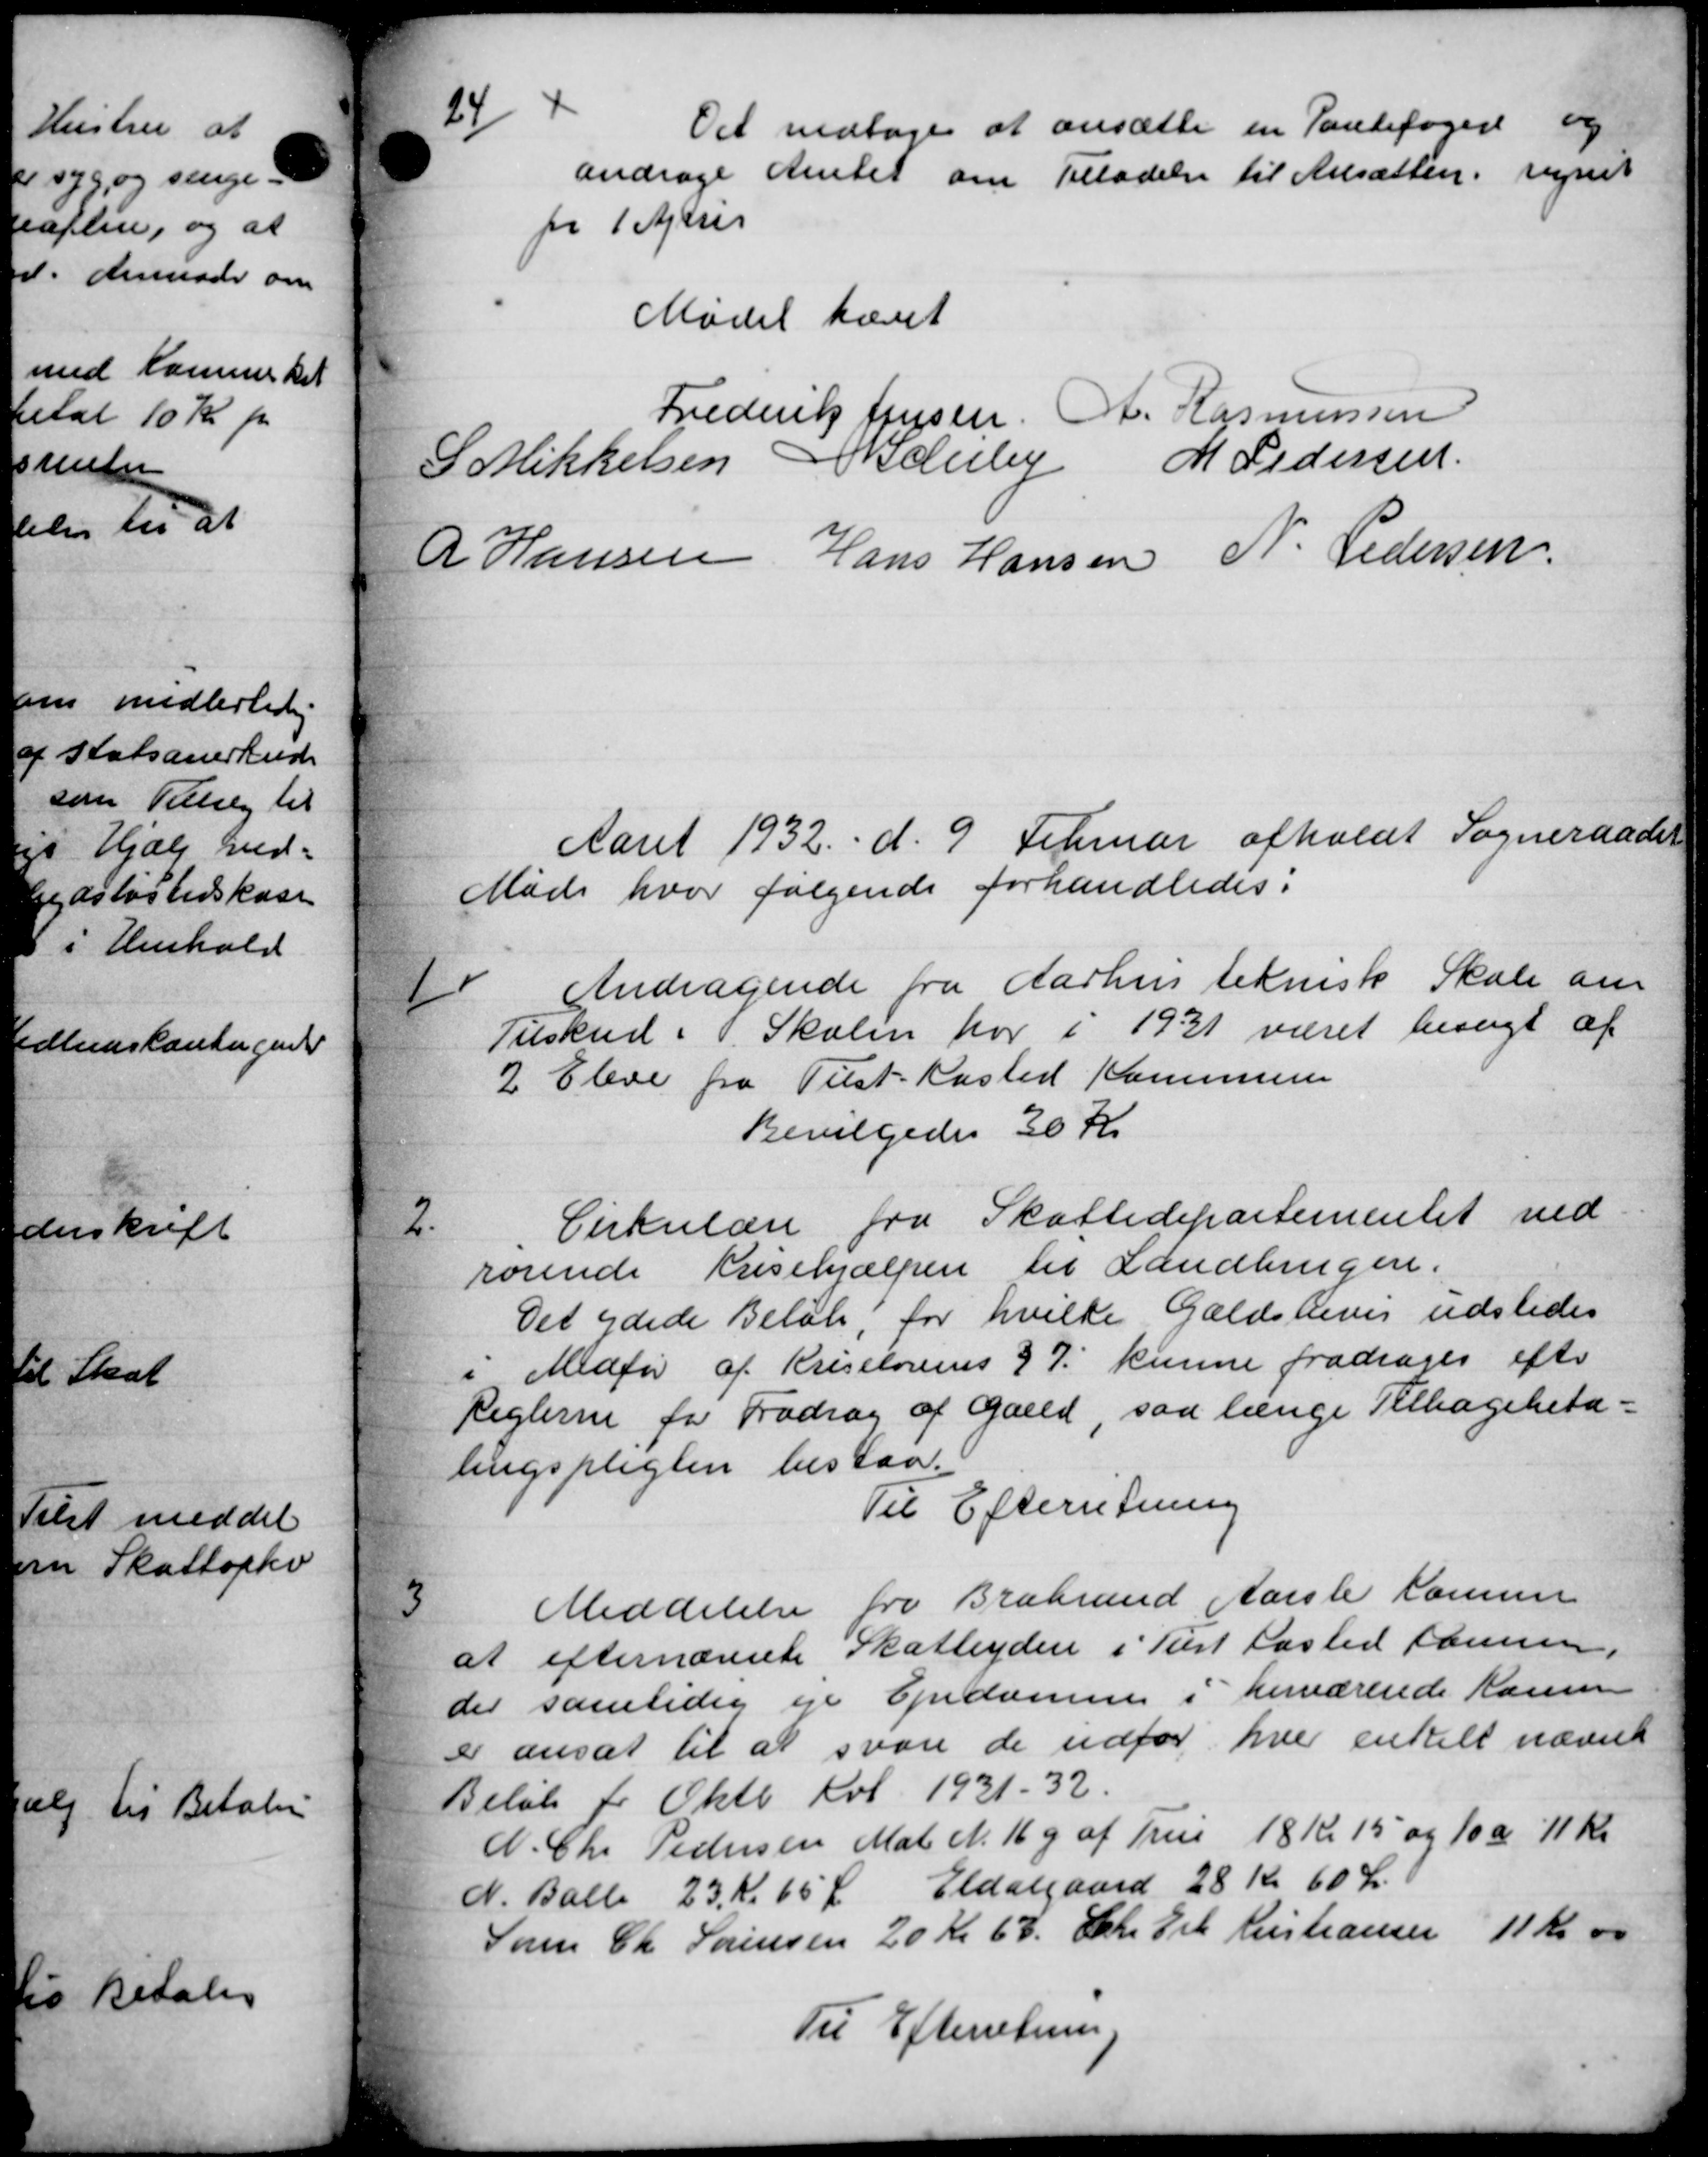
Transskription:
29
Det vedtoges at ansætte en Pantefoged og
andrage Amtet om Tilladelse til Ansætten, regnet
fr 1 Apri
Mødet hævet
Frederik Jensen. A. Rasmussen
S Mikkelsen Midlerby M Pedersen
R Hansen Hans Hansen N. Pedersen
Aaret 1932 d. 9 Februar afholdt Sogneraadet
Møde hvor følgende forhandledes.
1
Andragende fra Aarhus teknisk Skole om
Tilskud i Skolen har i 1931 været besøgt af
2 Eleve fra Tilst-Kasted Kommunen
Bevilgedes 30 Kr
2
Cirkulære fra Skattedepartementet ved
rørende Krisehjælpen til Landbrugere.
Det ydede Beløb for hvilke Gældsbever udstedes
i Medfør af Kriselovens § 7. kunne fradrages efter
Reglerne for Fradrag af Galld, saa længe Tilbagebeta-
lingspligten bestaa.
Til Efterretning
3
Meddelelse fra Brabrand Aarsle kommer
at efternævnte Skatteydere i Tilst Kasted Hansen
der samtidig eje Ejendomme i herværende Komm
er ansat til at svare de udfor hver enkelt nævnte
Beløb for Oktb Kvt 1931-32.
N. Chr. Pedersen Mat N. 16 g af True 18 Kr 15 og 10 a 11 kr
N. Balle 23 Kr 65 Ør Eldalgaard 28 Kr 60 Kr.
Søe Chr Sørensen 20 Kr 63. Chr Frk Kristiansen 11 kr 00
Til Efterretning.